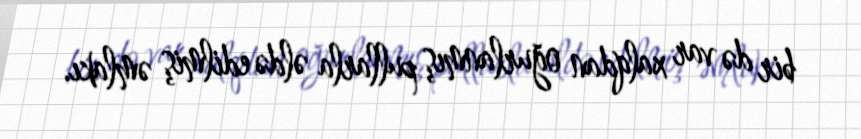
bir də var xalqdan oğurlanmış pullarla əldə edilmiş əmlakı.